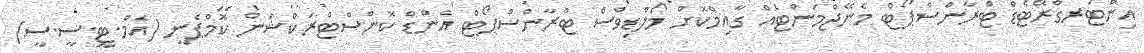
އިންޓަރގްރޭޓެޑް ޓްރާންސްޕޯޓް މެނޭޖްމަންޓެއް ގާއިމްކޮށް މޯލްޑިވްސް ޓްރާންސްޕޯޓް އެންޑް ކޮންސްޓްރަކްޝަން ކޮމްޕެނީ (އެމް.ޓީ.ސީ.ސީ)